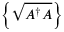
\left\{ { \sqrt { A ^ { \dagger } A } } \right\}